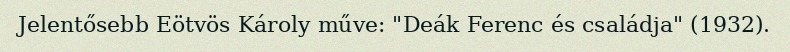
Jelentősebb Eötvös Károly műve: "Deák Ferenc és családja" (1932).